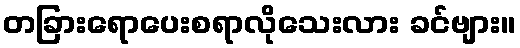
တခြားရောပေးစရာလိုသေးလား ခင်ဗျား။